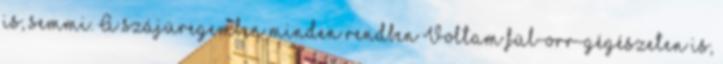
is, semmi. A szájüregemben minden rendben Voltam fül-orr-gégészeten is,